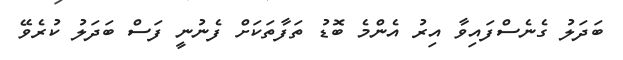
ބަދަލު ގެނެސްފައިވާ އިރު އެންމެ ބޮޑު ތަފާތަކަށް ފެނުނީ ފަސް ބަދަލު ކުރެވޭ